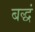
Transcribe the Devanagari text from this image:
बद्धं